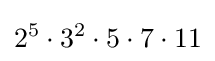
2^{5}\cdot 3^{2}\cdot 5\cdot 7\cdot 11